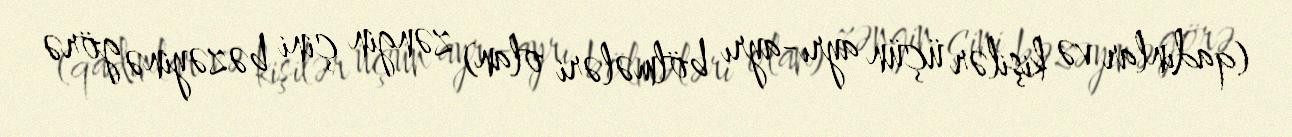
(qadınlar və kişilər üçün ayrı-ayrı bölmələri olan) zəngin çini bəzəyinə görə